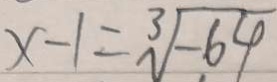
x - 1 = \sqrt [ 3 ] { - 6 4 }